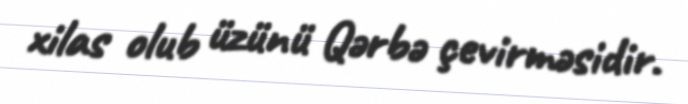
xilas olub üzünü Qərbə çevirməsidir.